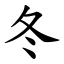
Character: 冬